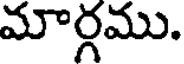
మార్గము.